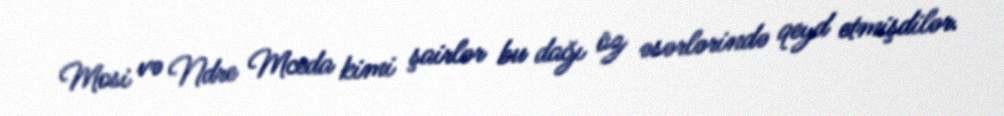
Mosi və Ndre Mceda kimi şairlər bu dağı öz əsərlərində qeyd etmişdilər.